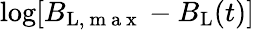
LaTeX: \log[B_{\mathrm{L},\mathrm{~m~a~x~}}-B_{\mathrm{L}}(t)]